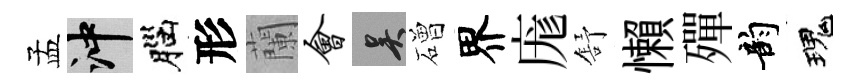
孟冲腦形蘭会吴磳界庬舒懶殫韵瑰